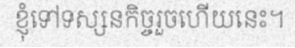
ខ្ញុំទៅទស្សនកិច្ចរួចហើយនេះ។